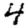
Digit: 4